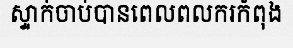
ស្ទាក់ចាប់បានពេលពលករកំពុង